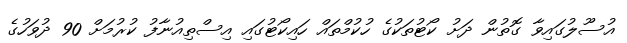
އުސޫލުގައިވާ ގޮތުން ދަށު ކޯޓުތަކުގެ ހުކުމްތައް ހައިކޯޓުގައި އިސްތިއުނާފު ކުރުމަށް 90 ދުވަހުގެ